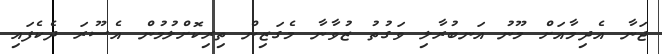
ޖަނާ އެދިމާއަށް މޫނު އަނބުރާލި ވަގުތު ޒުވާނާ މެގަޒިން ތިރިކޮށްލުމުން އެސޫރަ ދެކެފައި